Indian journal of veterinary science and animal husbandry - Volume 9,
Year: 1939
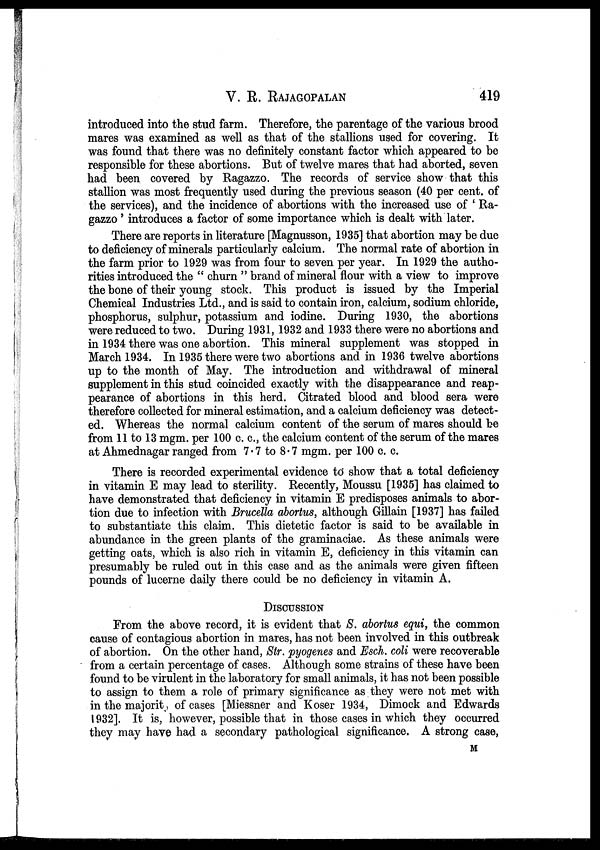
V. R.
RAJAGOPALAN
419
introduced into the stud farm. Therefore, the parentage of the various brood
mares was examined as well as that of the stallions used for covering. It
was found that there was no definitely constant factor which appeared to be
responsible for these abortions. But of twelve mares that had aborted, seven
had been covered by Ragazzo. The records of service show that this
stallion was most frequently used during the previous season (40 per cent. of
the services), and the incidence of abortions with the increased use of ' Ra-
gazzo ' introduces a factor of some importance which is dealt with later.
There are reports in literature [Magnusson, 1935] that abortion may be due
to deficiency of minerals particularly calcium. The normal rate of abortion in
the farm prior to 1929 was from four to seven per year. In 1929 the autho-
rities introduced the " churn " brand of mineral flour with a view to improve
the bone of their young stock. This product is issued by the Imperial
Chemical Industries Ltd., and is said to contain iron, calcium, sodium chloride,
phosphorus, sulphur, potassium and iodine. During 1930, the abortions
were reduced to two. During 1931, 1932 and 1933 there were no abortions and
in 1934 there was one abortion. This mineral supplement was stopped in
March 1934. In 1935 there were two abortions and in 1936 twelve abortions
up to the month of May. The introduction and withdrawal of mineral
supplement in this stud coincided exactly with the disappearance and reap-
pearance of abortions in this herd. Citrated blood and blood sera were
therefore collected for mineral estimation, and a calcium deficiency was detect-
ed. Whereas the normal calcium content of the serum of mares should be
from 11 to 13 mgm. per 100 c. c., the calcium content of the serum of the mares
at Ahmednagar ranged from 7.7 to 8.7 mgm. per 100 c. c.
There is recorded experimental evidence to show that a total deficiency
in vitamin E may lead to sterility. Recently, Moussu [1935] has claimed to
have demonstrated that deficiency in vitamin E predisposes animals to abor-
tion due to infection with Brucella abortus, although Gillain [1937] has failed
to substantiate this claim. This dietetic factor is said to be available in
abundance in the green plants of the graminaciae. As these animals were
getting oats, which is also rich in vitamin E, deficiency in this vitamin can
presumably be ruled out in this case and as the animals were given fifteen
pounds of lucerne daily there could be no deficiency in vitamin A.
DISCUSSION
From the above record, it is evident that S. abortus equi, the common
cause of contagious abortion in mares, has not been involved in this outbreak
of abortion. On the other hand, Str. pyogenes and Esch. coli were recoverable
from a certain percentage of cases. Although some strains of these have been
found to be virulent in the laboratory for small animals, it has not been possible
to assign to them a role of primary significance as they were not met with
in the majority of cases [Miessner and Koser 1934, Dimock and Edwards
1932]. It is, however, possible that in those cases in which they occurred
they may have had a secondary pathological significance. A strong case,
M